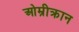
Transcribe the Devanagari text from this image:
ओम्रीक्रान